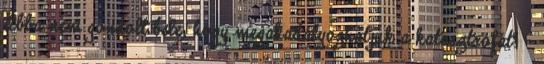
Abba nem gondolt bele, hogy megakadályozhatjuk a katasztrófát? –